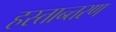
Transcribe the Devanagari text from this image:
हस्‍तान्‍तरण